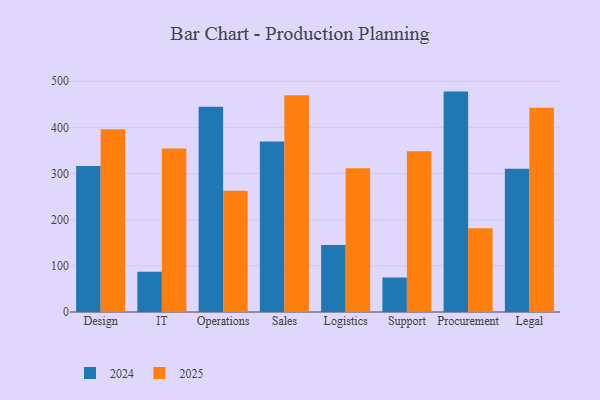
{"axis": {"x": "Department", "y": "Shipments"}, "legend": ["2024", "2025"], "data": [{"x": "Design", "y": 396.0, "type": "2025"}, {"x": "Design", "y": 316.4, "type": "2024"}, {"x": "IT", "y": 354.2, "type": "2025"}, {"x": "IT", "y": 87.3, "type": "2024"}, {"x": "Operations", "y": 262.5, "type": "2025"}, {"x": "Operations", "y": 444.6, "type": "2024"}, {"x": "Sales", "y": 469.9, "type": "2025"}, {"x": "Sales", "y": 369.2, "type": "2024"}, {"x": "Logistics", "y": 311.7, "type": "2025"}, {"x": "Logistics", "y": 145.3, "type": "2024"}, {"x": "Support", "y": 348.2, "type": "2025"}, {"x": "Support", "y": 74.7, "type": "2024"}, {"x": "Procurement", "y": 181.7, "type": "2025"}, {"x": "Procurement", "y": 477.6, "type": "2024"}, {"x": "Legal", "y": 442.4, "type": "2025"}, {"x": "Legal", "y": 310.4, "type": "2024"}]}